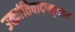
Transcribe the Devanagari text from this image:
उत्क्रांतिवादानुसार